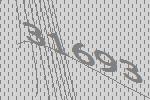
31693